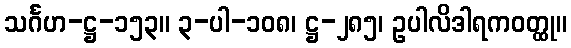
သင်္ဂဟ-ဋ္ဌ-၁၅၃။ ၃-ပါ-၁၀၈၊ ဋ္ဌ-၂၈၅၊ ဥပါလိဒါရကဝတ္ထု။